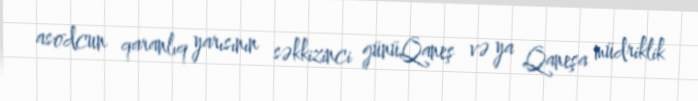
asodcun qaranlıq yarısının səkkizinci günüQaneş və ya Qaneşa müdriklik